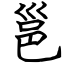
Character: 邕